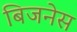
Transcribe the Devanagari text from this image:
बिजनेस